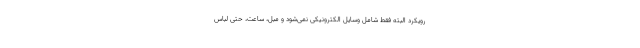
رویکرد البته فقط شامل وسایل الکترونیکی نمی‌شود و مبل، ساعت، حتی لباس